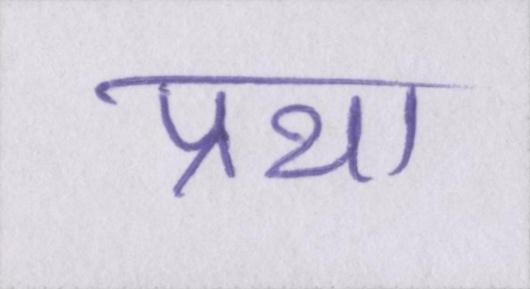
प्रथा